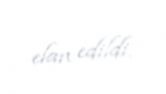
elan edildi.